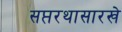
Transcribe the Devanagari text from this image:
सप्तरथासारखे